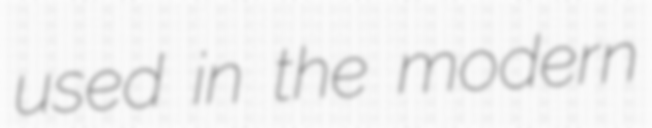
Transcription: used in the modern